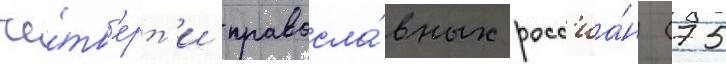
че́тв'ерт'и правосла́вных росс'иа́н (75